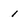
Character: 1